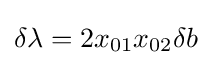
\delta \lambda =2x_{01}x_{02}\delta b